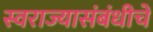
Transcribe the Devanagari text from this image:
स्वराज्यासंबंधीचे